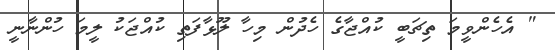
" އެހެންވީމަ ތިޗަބީ ކުއްޖާގެ ހެދުން މިހާ ލޫޅާފަތި ކުއްޖަކު ލީމަ ހުންނާނީ